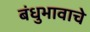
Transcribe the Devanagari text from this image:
बंधुभावाचे